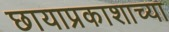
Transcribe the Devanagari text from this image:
छायाप्रकाशाच्या